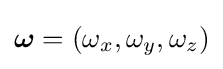
{\boldsymbol {\omega }}=(\omega _{x},\omega _{y},\omega _{z})